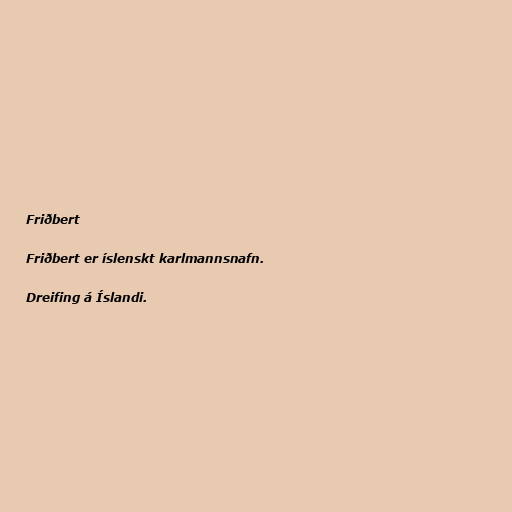
Friðbert

Friðbert er íslenskt karlmannsnafn.

Dreifing á Íslandi.